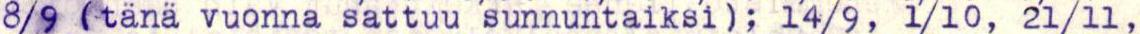
8/9 (tänä vuonna sattuu sunnuntaiksi); 14/9, 1/10, 21/11,